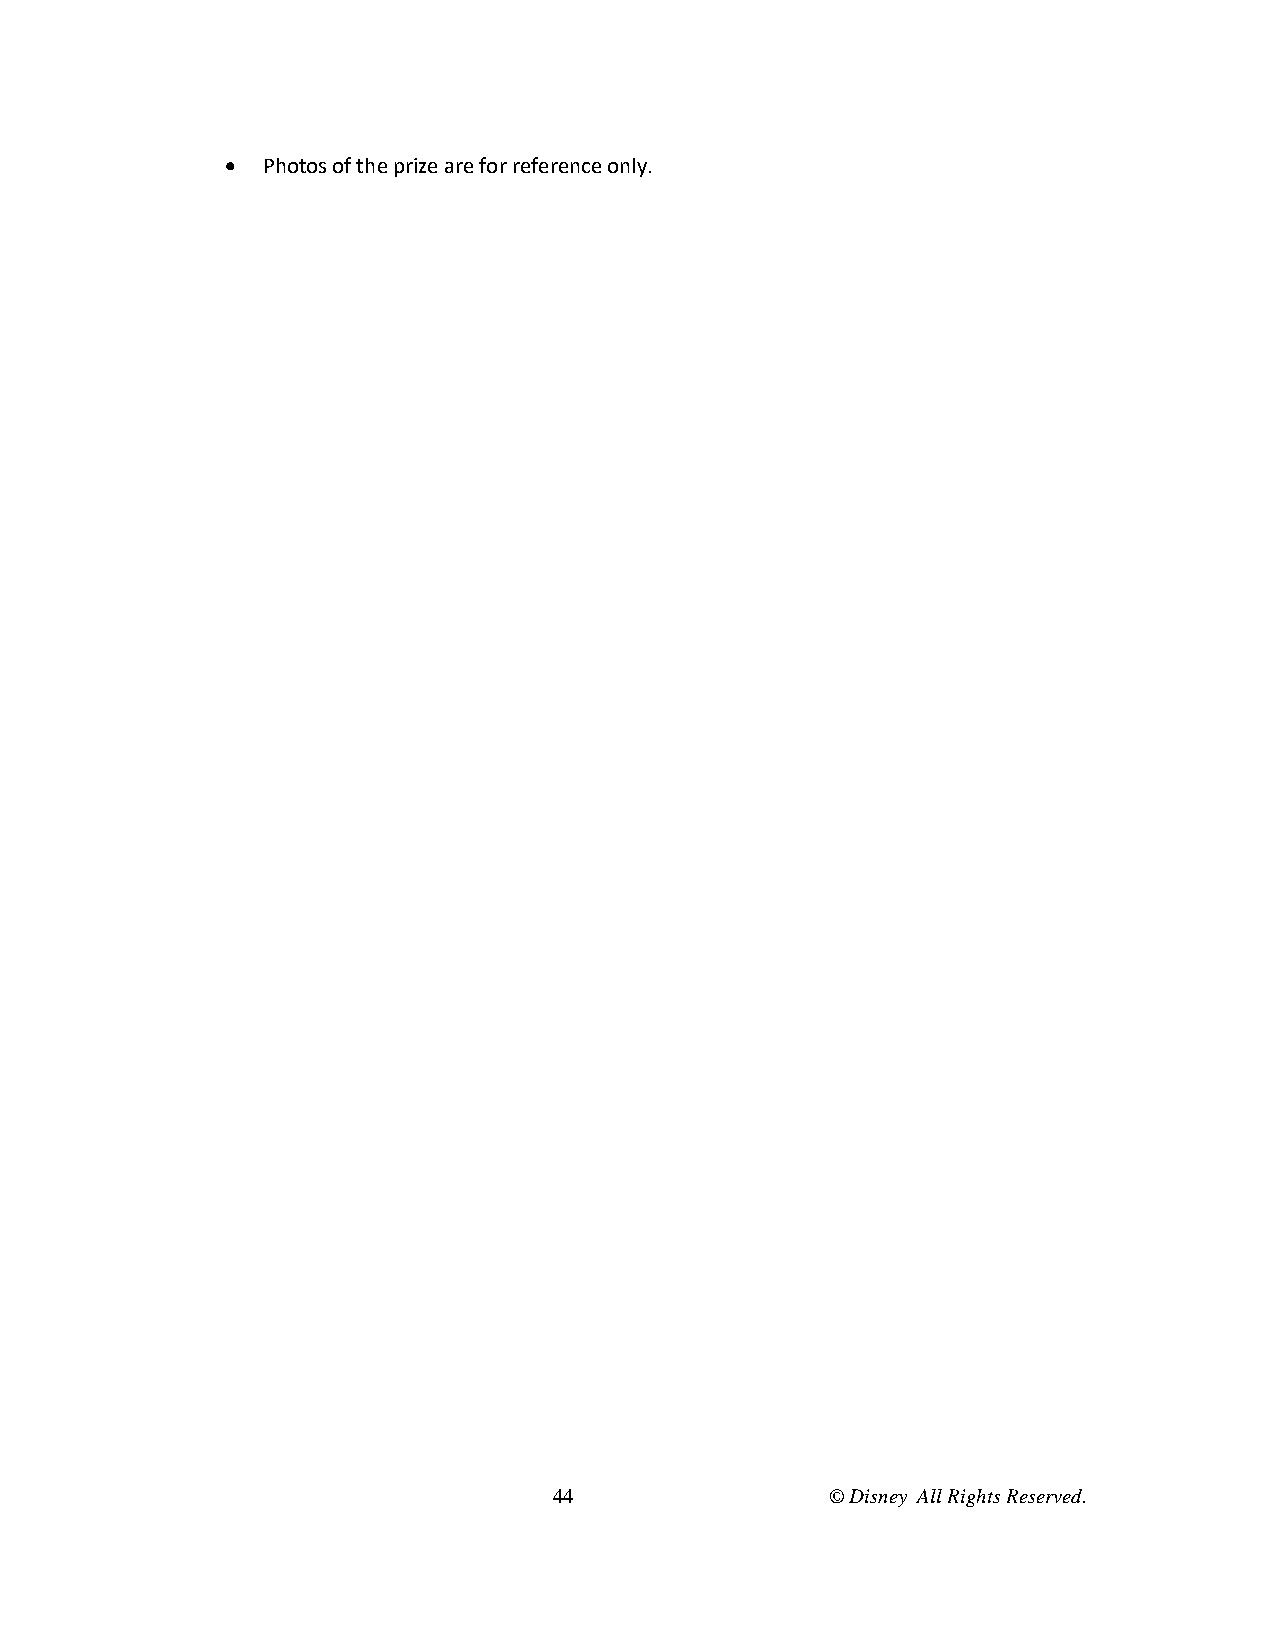
 Photos of the prize are for reference only.
 44                © Disney All Rights Reserved.